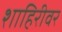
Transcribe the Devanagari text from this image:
शाहिरीवर